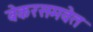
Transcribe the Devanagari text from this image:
बेकरसमवेत